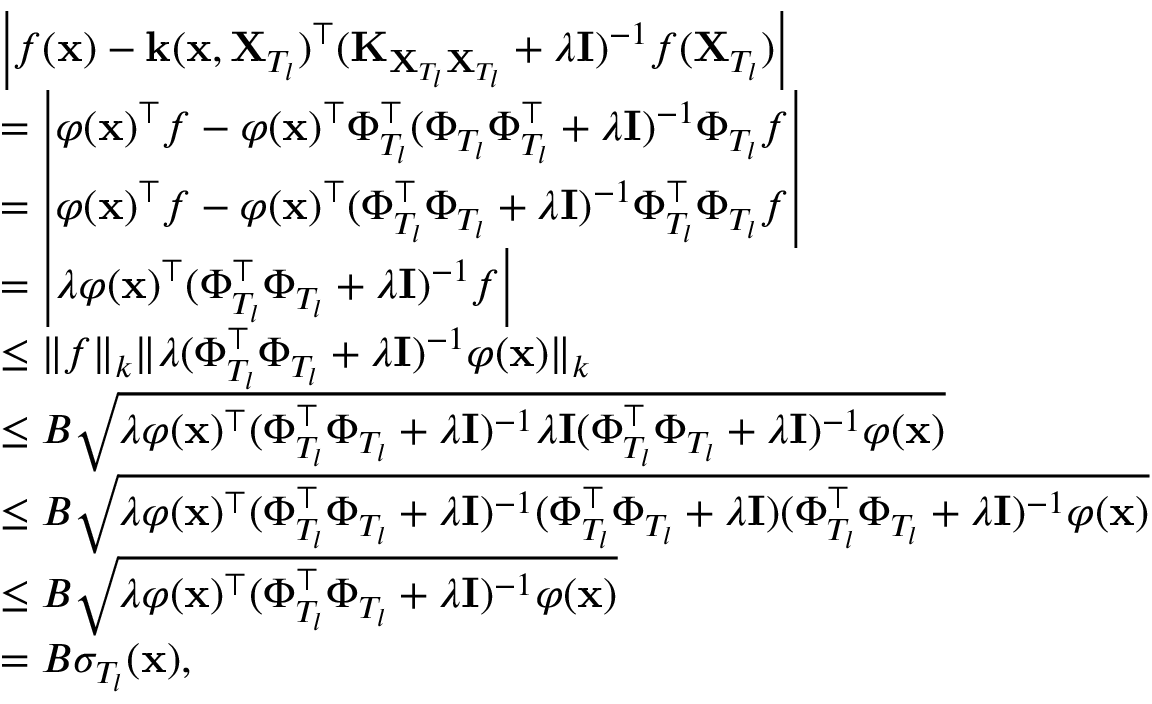
\begin{array} { r l } & { \left| f ( \mathbf { x } ) - \mathbf { k } ( \mathbf { x } , \mathbf { X } _ { T _ { l } } ) ^ { \top } ( \mathbf { K } _ { \mathbf { X } _ { T _ { l } } \mathbf { X } _ { T _ { l } } } + \lambda \mathbf { I } ) ^ { - 1 } f ( \mathbf { X } _ { T _ { l } } ) \right| } \\ & { = \left| \varphi ( \mathbf { x } ) ^ { \top } f - \varphi ( \mathbf { x } ) ^ { \top } \Phi _ { T _ { l } } ^ { \top } ( \Phi _ { T _ { l } } \Phi _ { T _ { l } } ^ { \top } + \lambda \mathbf { I } ) ^ { - 1 } \Phi _ { T _ { l } } f \right| } \\ & { = \left| \varphi ( \mathbf { x } ) ^ { \top } f - \varphi ( \mathbf { x } ) ^ { \top } ( \Phi _ { T _ { l } } ^ { \top } \Phi _ { T _ { l } } + \lambda \mathbf { I } ) ^ { - 1 } \Phi _ { T _ { l } } ^ { \top } \Phi _ { T _ { l } } f \right| } \\ & { = \left| \lambda \varphi ( \mathbf { x } ) ^ { \top } ( \Phi _ { T _ { l } } ^ { \top } \Phi _ { T _ { l } } + \lambda \mathbf { I } ) ^ { - 1 } f \right| } \\ & { \leq \Vert f \Vert _ { k } \Vert \lambda ( \Phi _ { T _ { l } } ^ { \top } \Phi _ { T _ { l } } + \lambda \mathbf { I } ) ^ { - 1 } \varphi ( \mathbf { x } ) \Vert _ { k } } \\ & { \leq B \sqrt { \lambda \varphi ( \mathbf { x } ) ^ { \top } ( \Phi _ { T _ { l } } ^ { \top } \Phi _ { T _ { l } } + \lambda \mathbf { I } ) ^ { - 1 } \lambda \mathbf { I } ( \Phi _ { T _ { l } } ^ { \top } \Phi _ { T _ { l } } + \lambda \mathbf { I } ) ^ { - 1 } \varphi ( \mathbf { x } ) } } \\ & { \leq B \sqrt { \lambda \varphi ( \mathbf { x } ) ^ { \top } ( \Phi _ { T _ { l } } ^ { \top } \Phi _ { T _ { l } } + \lambda \mathbf { I } ) ^ { - 1 } ( \Phi _ { T _ { l } } ^ { \top } \Phi _ { T _ { l } } + \lambda \mathbf { I } ) ( \Phi _ { T _ { l } } ^ { \top } \Phi _ { T _ { l } } + \lambda \mathbf { I } ) ^ { - 1 } \varphi ( \mathbf { x } ) } } \\ & { \leq B \sqrt { \lambda \varphi ( \mathbf { x } ) ^ { \top } ( \Phi _ { T _ { l } } ^ { \top } \Phi _ { T _ { l } } + \lambda \mathbf { I } ) ^ { - 1 } \varphi ( \mathbf { x } ) } } \\ & { = B \sigma _ { T _ { l } } ( \mathbf { x } ) , } \end{array}